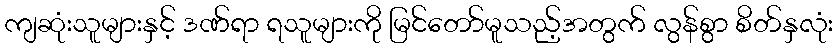
ကျဆုံးသူများနှင့် ဒဏ်ရာ ရသူများကို မြင်တော်မူသည့်အတွက် လွန်စွာ စိတ်နှလုံး